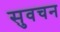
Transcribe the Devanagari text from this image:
सुवचन